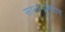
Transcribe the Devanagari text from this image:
सामान्यरूपेण